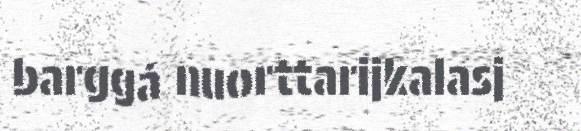
barggá nuorttarijkalasj